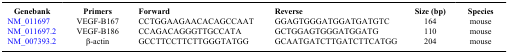
<table><thead><tr><td><b>Genebank</b></td><td><b>Primers</b></td><td><b>Forward</b></td><td><b>Reverse</b></td><td><b>Size (bp)</b></td><td><b>Species</b></td></tr></thead><tbody><tr><td>NM_011697</td><td>VEGF-B167</td><td>CCTGGAAGAACACAGCCAAT</td><td>GGAGTGGGATGGATGATGTC</td><td>164</td><td>mouse</td></tr><tr><td>NM_011697.2</td><td>VEGF-B186</td><td>CCAGACAGGGTTGCCATA</td><td>GCTGGAGTGGGATGGATG</td><td>110</td><td>mouse</td></tr><tr><td>NM_007393.2</td><td>β-actin</td><td>GCCTTCCTTCTTGGGTATGG</td><td>GCAATGATCTTGATCTTCATGG</td><td>204</td><td>mouse</td></tr></tbody></table>